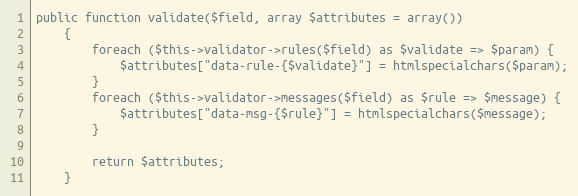
Language: PHP
public function validate($field, array $attributes = array())
    {
        foreach ($this->validator->rules($field) as $validate => $param) {
            $attributes["data-rule-{$validate}"] = htmlspecialchars($param);
        }
        foreach ($this->validator->messages($field) as $rule => $message) {
            $attributes["data-msg-{$rule}"] = htmlspecialchars($message);
        }

        return $attributes;
    }